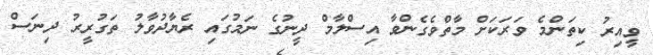
ވީއިރު ކިތަންމެ ވަރަކަށް މާތްވެގެންވާ އިސްލާމް ދީނުގެ ނަމުގައި ރެޔާދުވާލު ތަގުރީރު ދިނަސް